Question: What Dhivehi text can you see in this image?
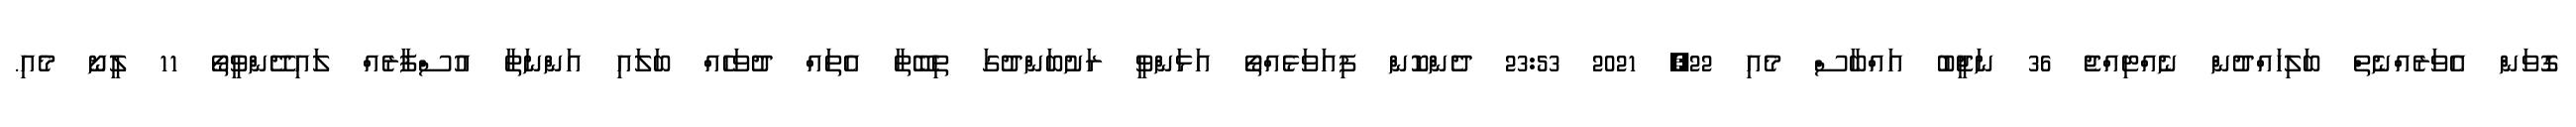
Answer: ގޮވަން އެވަރެއްނެތް ބަލިހައްދުން ނެއްޓިއްޖެ 36 ނަޖީބު އައްބާސް މެއި 22, 2021 23:53 ދެންކޮން ފިއަވަޅެއްތޯ އަޅަންވީ ރަށުބަންދުގަ ތިބޭތާ އެތައް ދުވަހެއް ބަލައި އަންނަތާ އުސްފާރެއް ލައިދޭންވީތޯ 11 ލީނޯ މެއި.